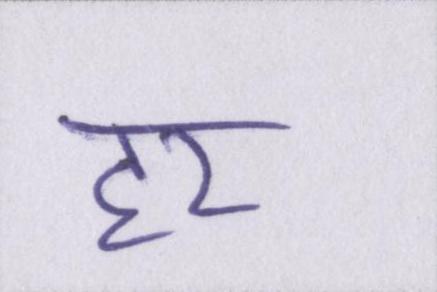
हर